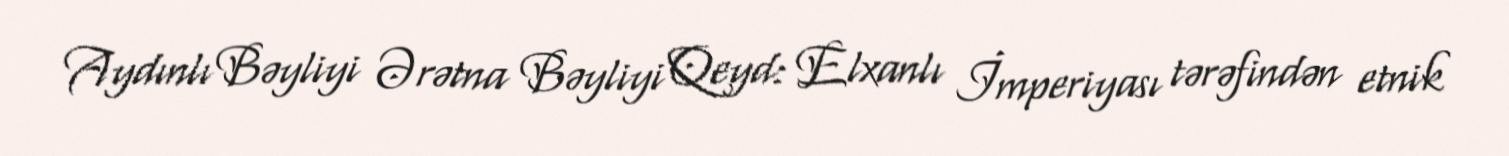
Aydınlı Bəyliyi Ərətna Bəyliyi Qeyd: Elxanlı İmperiyası tərəfindən etnik